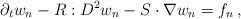
LaTeX: \begin{align*}\partial_{t}w_{n}-R:D^{2}w_{n}-S\cdot\nabla w_{n}=f_{n}\,,\end{align*}